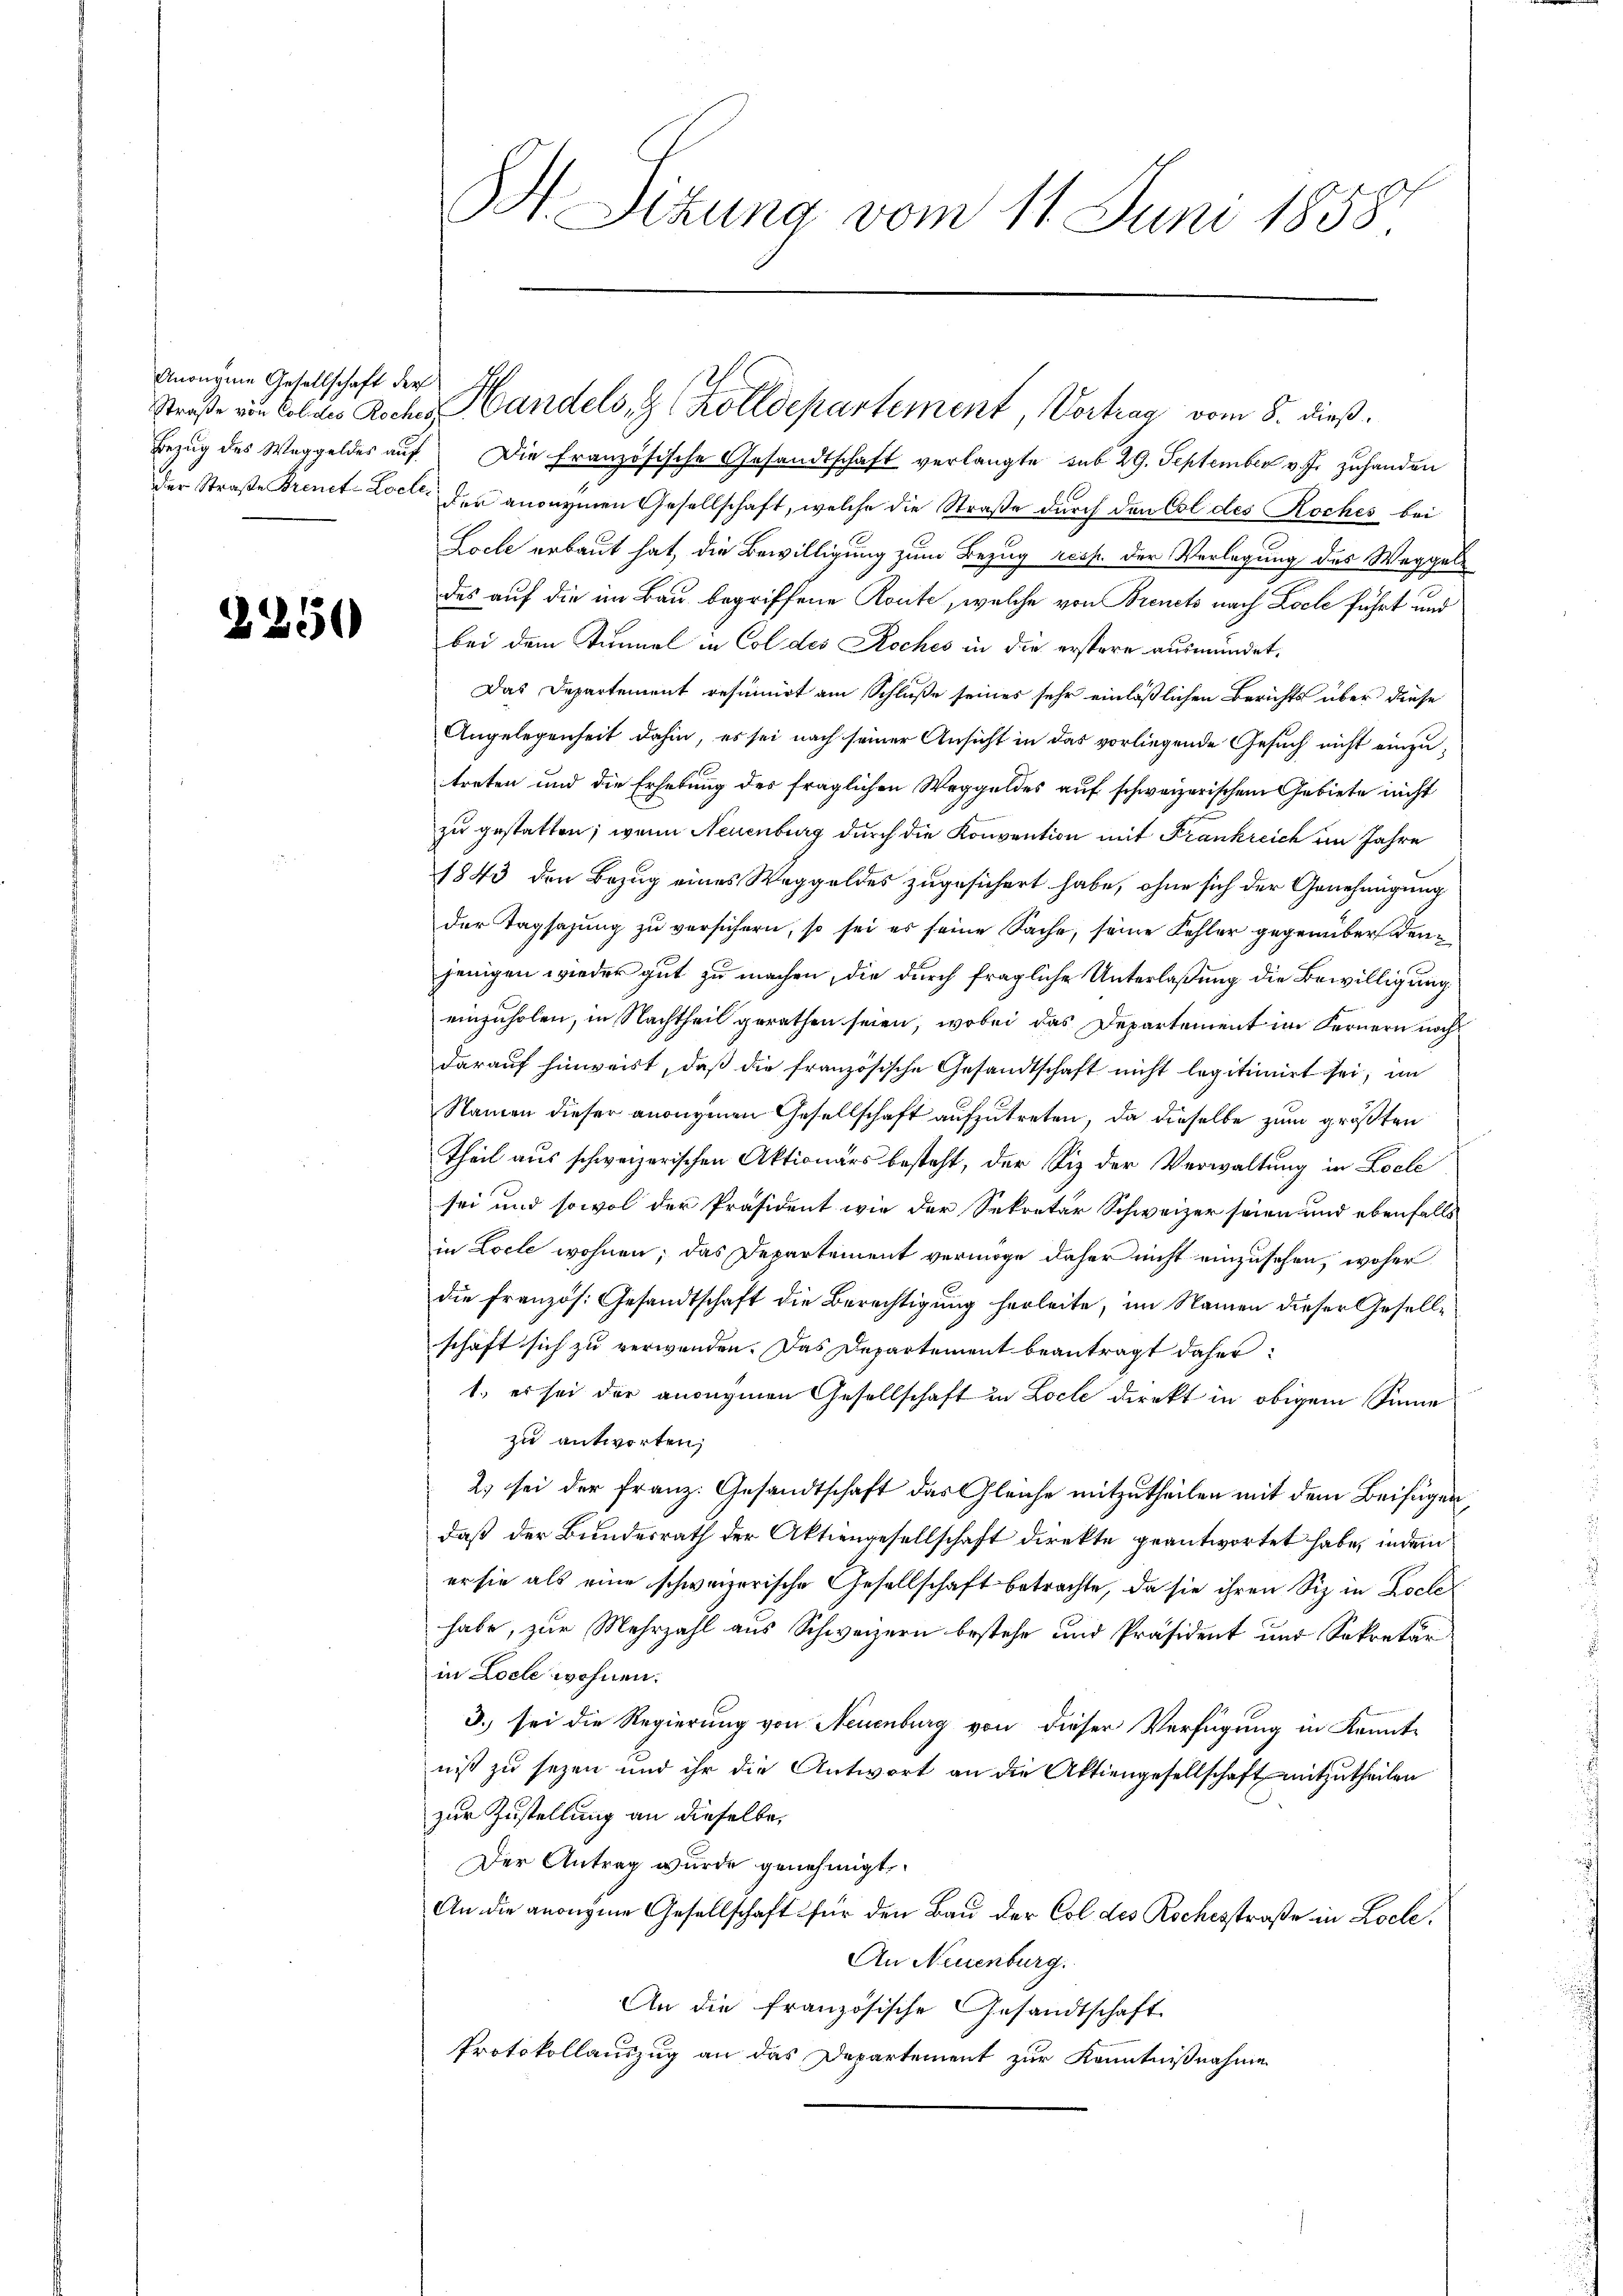
Anonyme Gesellschaft der

2

5

H Sitzung vom 11. Juni 1858

Bezug des Weggeldes auf Die französische Gesandtschaft verlangte sub 29. September v. J. zuhanden
der Straße Brenct-Locte der anonymen Gesellschaft, welche die Straße durch den Col des Koches bei
Loche erbaut hat, die Bewilligung zum Bezug resp. der Verlegung des Weggeldas auf die im Bau begriffene Route, welche von Brinets nach Loele führt und
bei dem Simmel in Col des Koches in die erstere ausmündet.
Das Departement refinirt am Schluße seines sehr einläßlichen Berichts über diese
Angelegenheit dahin, es sei nach seiner Ansicht in das vorliegende Gesuch nicht einzutreten und die Erhebung des fraglichen Weggeldes auf schweizerischem Gebiete nicht
zu gestatten; wenn Neuenburg durch die Konvention mit Frankreich im Jahre
1843 den Bezug eines Weggeldes zugesichert habe, ohne sich der Genehmigung
der Tagsazung zu versichern, so sei es seine Sache, seine Fehler gegenüber denjenigen wieder gut zu machen, die durch fragliche Unterlaßung die Bewilligung
einzuholen, in Nachtheil gerathen seien, wobei das Departement im Fernern noch
darauf hinweist, daß die französische Gesandtschaft nicht legitimirt sei; im
Namen dieser anonymen Gesellschaft aufzutreten, da dieselbe zum größten
Theil aus schweizerischen Aktionärs besteht, der Siz der Verwaltung in Locle
sei und sowol der Präsident wie der Sekretär Schweizer seien und ebenfalls
in Locte wohnen; das Departement vermöge daher nicht einzusehen, woher
die französ. Gesandtschaft die Berechtigung herleite, im Namen dieser Gesellschaft sich zu verwenden. Das Departement beantragt daher:
1. es sei der ansegnen Gesellschaft in Locle direkt in obigem Sinne
zu antworten,
2) sei der Franz: Gesandtschaft das Gleiche mitzutheilen mit dem Beifügen,
daß der Bundesrath der Aktiengesellschaft direkte geantwortet habe, indem
er sie als eine schweizerische Gesellschaft betrachte, da sie ihren Siz in Koche
habe, zur Mehrzahl aus Schweizern bestehe und Präsident und Sekretär:
in Loele wohnen.
3.) sei die Regierung von Neuenburg von dieser Verfügung in Kenntniß zu sezen und ihr die Antwort an die Aktiengesellschaft mitzutheilen
zur Zustellung an dieselbe,
Der Antrag wurde genehmigt,
An die anonyme Gesellschaft für den Bau der Col des Rochesstraße in Loche.
An Neuenburg.
An die französische Gesandtschaft
Protokollauszug an das Departement zur Kenntnißnahme

Straße von Caldes Roches Handels, z. Zolldepartement, Vortrag vom 8. dieß.